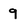
Character: 9